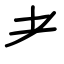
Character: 耂